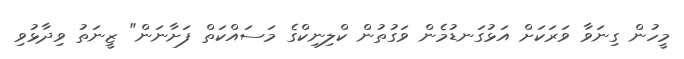
މީހުން ގިނަވާ ވަރަކަށް އަޅުގަނޑުމެން ވަގުތުން ކްލިނިކްގެ މަސައްކަތް ފަށާނަން" ޒީނަތު ވިދާޅުވި